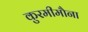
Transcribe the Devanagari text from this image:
कुरमीमौना